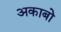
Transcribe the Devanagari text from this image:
अकाबो